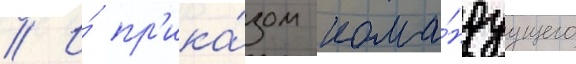
// И́ пр'ика́зом кома́ндуущего